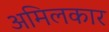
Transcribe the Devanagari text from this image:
अमिलकार